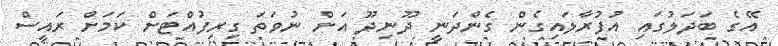
އޭގެ ބަދަލުގައި އުފުރާލައިގެން ގެންދަނީ ދޫނިދޫ އަށް ނުވަތަ ގިރިފުއްޓަށް ކަމަށް ރައީސް